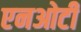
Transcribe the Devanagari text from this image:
एनओटी